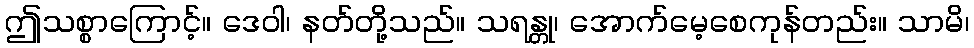
ဤသစ္စာကြောင့်။ ဒေဝါ၊ နတ်တို့သည်။ သရန္တု၊ အောက်မေ့စေကုန်တည်း။ သာမိ၊